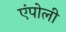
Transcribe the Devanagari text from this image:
एंपोली